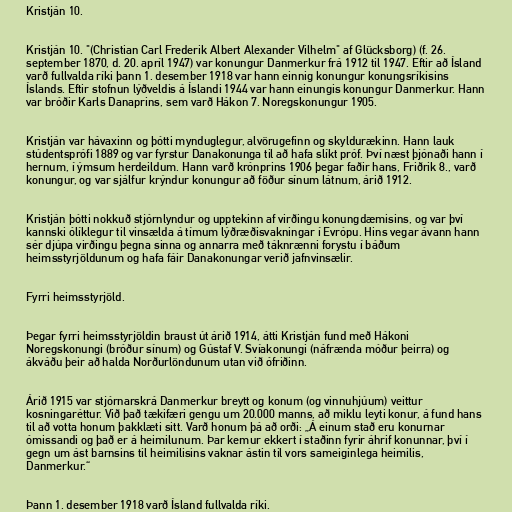
Kristján 10.

Kristján 10. "(Christian Carl Frederik Albert Alexander Vilhelm" af Glücksborg) (f. 26.
september 1870, d. 20. apríl 1947) var konungur Danmerkur frá 1912 til 1947. Eftir að Ísland
varð fullvalda ríki þann 1. desember 1918 var hann einnig konungur konungsríkisins
Íslands. Eftir stofnun lýðveldis á Íslandi 1944 var hann einungis konungur Danmerkur. Hann
var bróðir Karls Danaprins, sem varð Hákon 7. Noregskonungur 1905.

Kristján var hávaxinn og þótti mynduglegur, alvörugefinn og skyldurækinn. Hann lauk
stúdentsprófi 1889 og var fyrstur Danakonunga til að hafa slíkt próf. Því næst þjónaði hann í
hernum, í ýmsum herdeildum. Hann varð krónprins 1906 þegar faðir hans, Friðrik 8., varð
konungur, og var sjálfur krýndur konungur að föður sínum látnum, árið 1912.

Kristján þótti nokkuð stjórnlyndur og upptekinn af virðingu konungdæmisins, og var því
kannski ólíklegur til vinsælda á tímum lýðræðisvakningar í Evrópu. Hins vegar ávann hann
sér djúpa virðingu þegna sinna og annarra með táknrænni forystu í báðum
heimsstyrjöldunum og hafa fáir Danakonungar verið jafnvinsælir.

Fyrri heimsstyrjöld.

Þegar fyrri heimsstyrjöldin braust út árið 1914, átti Kristján fund með Hákoni
Noregskonungi (bróður sínum) og Gústaf V. Svíakonungi (náfrænda móður þeirra) og
ákváðu þeir að halda Norðurlöndunum utan við ófriðinn.

Árið 1915 var stjórnarskrá Danmerkur breytt og konum (og vinnuhjúum) veittur
kosningaréttur. Við það tækifæri gengu um 20.000 manns, að miklu leyti konur, á fund hans
til að votta honum þakklæti sitt. Varð honum þá að orði: „Á einum stað eru konurnar
ómissandi og það er á heimilunum. Þar kemur ekkert í staðinn fyrir áhrif konunnar, því í
gegn um ást barnsins til heimilisins vaknar ástin til vors sameiginlega heimilis,
Danmerkur.“

Þann 1. desember 1918 varð Ísland fullvalda ríki.